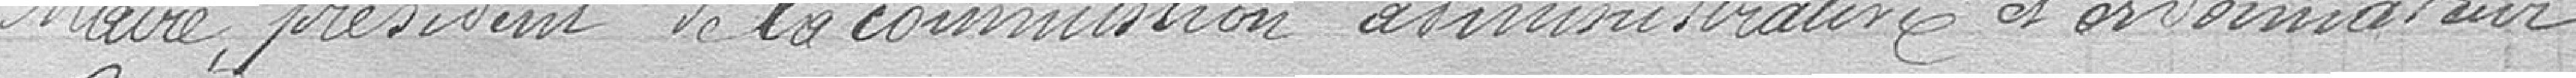
Maire, président de la commission administrative et ordonnateur